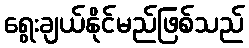
ရွေးချယ်နိုင်မည်ဖြစ်သည်